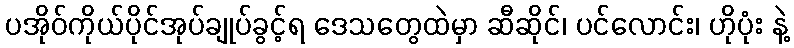
ပအိုဝ်ကိုယ်ပိုင်အုပ်ချုပ်ခွင့်ရ ဒေသတွေထဲမှာ ဆီဆိုင်၊ ပင်လောင်း၊ ဟိုပုံး နဲ့